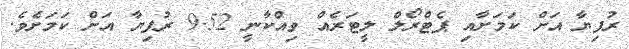
ރުފިޔާ އަށް ކަމަށާއި ޕެޓްރޯލް ލީޓަރެއް ވިއްކާނީ 9.52 ރުފިޔާ އަށް ކަމަށެވެ.